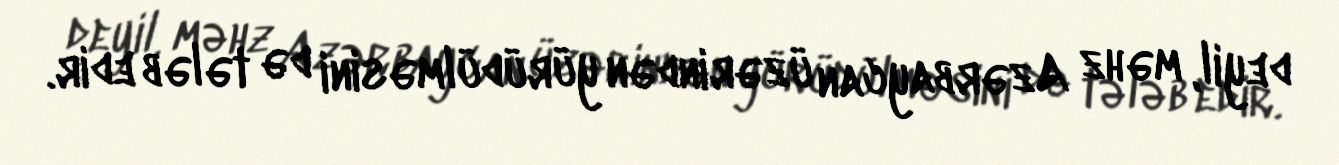
deyil, məhz Azərbaycan üzərindən yürüdülməsini də tələb edir.